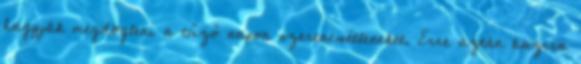
hagyják megdögleni a tűző napon szerencsétleneket. Erre aztán bazira